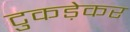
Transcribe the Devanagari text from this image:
टुकड़ेकर